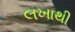
લખાથી